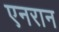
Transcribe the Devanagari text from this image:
एनरान